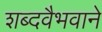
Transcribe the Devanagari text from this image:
शब्दवैभवाने